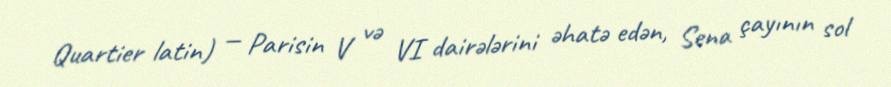
Quartier latin) — Parisin V və VI dairələrini əhatə edən, Sena çayının sol